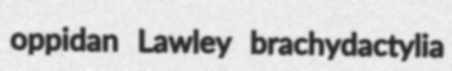
oppidan Lawley brachydactylia